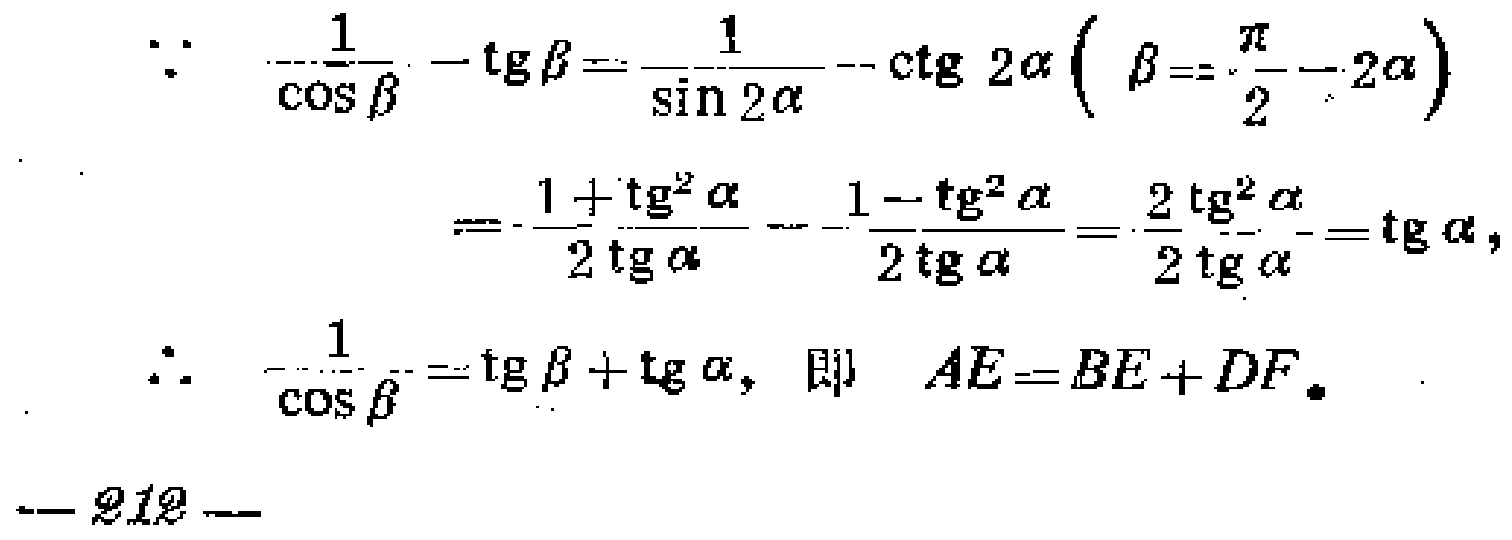
\begin{align*}
\because\quad \frac{1}{\cos\beta}-\operatorname{tg}\beta&=\frac{1}{\sin 2\alpha}-\operatorname{ctg}\,2\alpha\left(\beta = \frac{\pi}{2}-2\alpha\right)\\
&=\frac{1 + \operatorname{tg}^{2}\alpha}{2\operatorname{tg}\alpha}-\frac{1 - \operatorname{tg}^{2}\alpha}{2\operatorname{tg}\alpha}=\frac{2\operatorname{tg}^{2}\alpha}{2\operatorname{tg}\alpha}=\operatorname{tg}\alpha,\\
\therefore\quad \frac{1}{\cos\beta}&=\operatorname{tg}\beta+\operatorname{tg}\alpha,\text{ 即 } AE = BE + DF.
\end{align*}
— 212 —